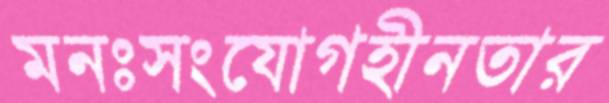
মনঃসংযোগহীনতার